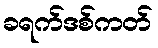
ခရက်ဒစ်ကတ်